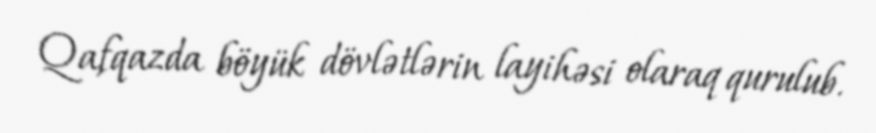
Qafqazda böyük dövlətlərin layihəsi olaraq qurulub.